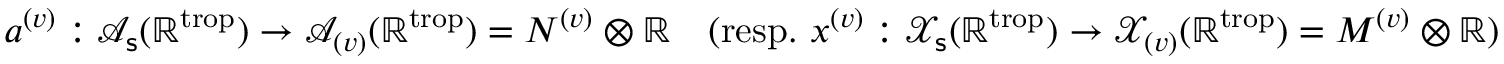
\begin{array} { r } { \boldsymbol { a } ^ { ( v ) } : \mathcal { A } _ { \mathsf { s } } ( \mathbb { R } ^ { \mathrm { t r o p } } ) \to \mathcal { A } _ { ( v ) } ( \mathbb { R } ^ { \mathrm { t r o p } } ) = N ^ { ( v ) } \otimes \mathbb { R } \quad ( \mathrm { r e s p . ~ } \boldsymbol { x } ^ { ( v ) } : \mathcal { X } _ { \mathsf { s } } ( \mathbb { R } ^ { \mathrm { t r o p } } ) \to \mathcal { X } _ { ( v ) } ( \mathbb { R } ^ { \mathrm { t r o p } } ) = M ^ { ( v ) } \otimes \mathbb { R } ) } \end{array}